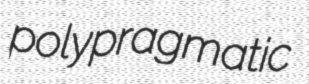
polypragmatic